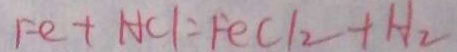
F e + H C l = F e C l _ { 2 } + H _ { 2 }